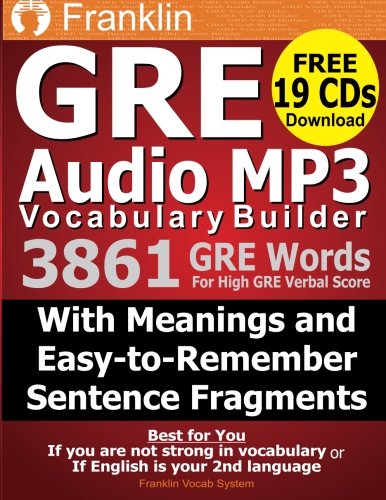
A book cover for Franklin GRE Audio MP3 Vocabulary Builder: Download 19 CDs with 3861 GRE Words For High GRE Verbal Score; Franklin Vocab System; Test Preparation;